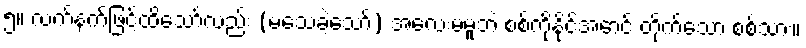
၅။ လက်နက်ဖြင့်ထိသော်လည်း (မသေခဲ့သော်) အလေးမမူဘဲ စစ်ကိုနိုင်အောင် တိုက်သော စစ်သား။